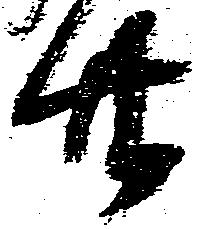
廿